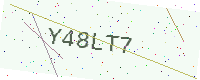
Text: Y48LT7